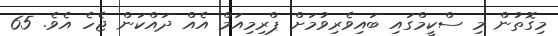
މިގޮތުން މި ސްކީމްގައި ބައިވެރިވުމަށް ޕްރިމިއަމް އެއް ދައްކަން ޖެހެ އެވެ. 65